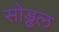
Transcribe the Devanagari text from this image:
सोड्ढल